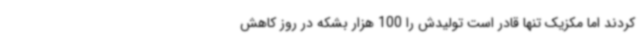
کردند اما مکزیک تنها قادر است تولیدش را 100 هزار بشکه در روز کاهش